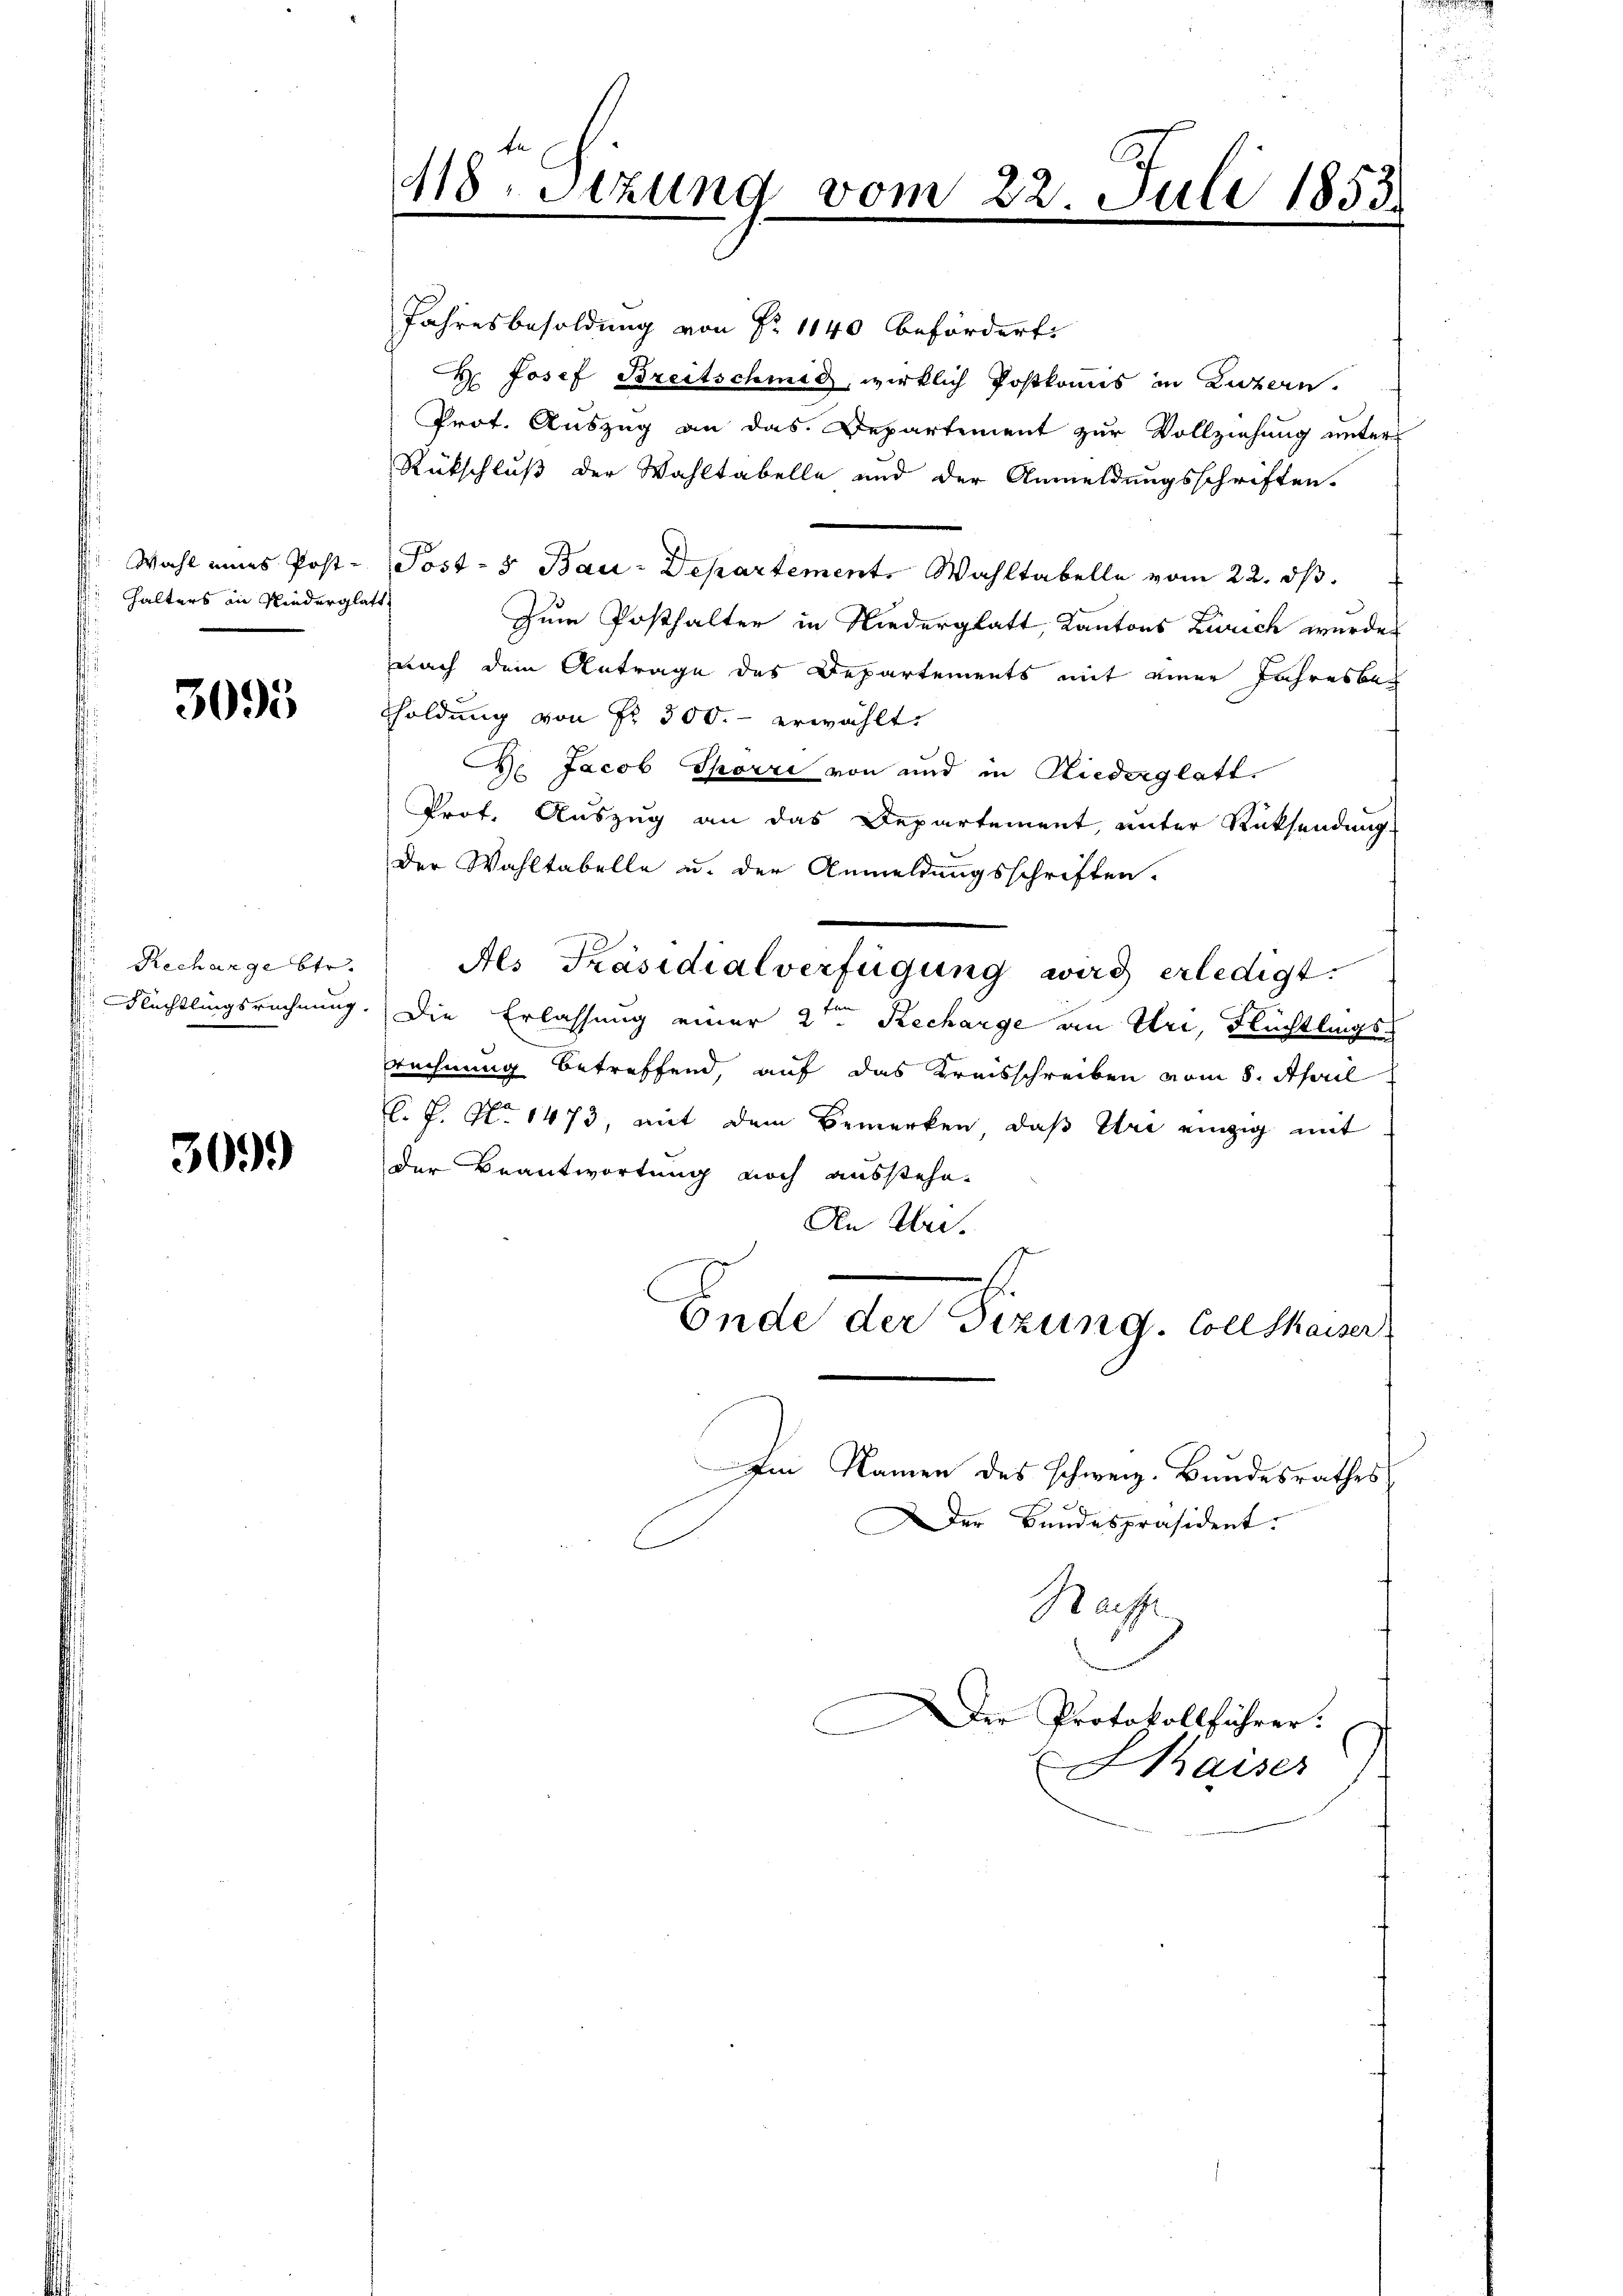
Wahl eines Post-
halters in Niederglatt

3093

Recharge betr.

3099

418. Sizung vom

Jahresbesoldung von Nr. 1140 befördert.
H. Josef Breitschmid, wirklich Postkomis in Luzern.
Prot. Auszug an das Departement zur Vollziehung unter
Rückschluß der Wahltabelle und der Anmeldungsschriften.
Post- & Bau-Departement. Wahltabelle vom 22. ds.
Zum Posthalter in Niederglatt, Kantons Zürich wurde
nach dem Antrage des Departements mit einer Jahresbeholdung von Fr. 300.- erwählt.
D. Jacob Spörri von und in Riederglatt.
Prof. Auszug an das Departement, unter Rücksendung
Der Wahltabelle u. der Anmeldungsschriften.
Flechtlingsrechnung. Die Erlassung einer 2ten Recharge an Uri, Flüchtlingsrechnung betreffend, auf das Kreisschreiben vom 8. April
l. J. No 1473, mit dem Bemerken, daß Ure einzig mit
der Beantwortung noch ausstehe.
An Uri.
Ende der Sizung. Coll thaiser
Im Namen des schweiz. Bundesrathes
Der Bundespräsident.
Rache
Der Protokollführer.
Maiser

Als Präsidialverfügung wird erledigt.

22. Juli 1853.